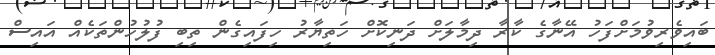
ބައިވެރިވުމަށްފަހު އޭނާގެ ކާރާ ދިމާލަށް ދަނިކޮށް ހަތިޔާރު ހިފައިގެން ތިބި ފުލުހުންތަކެއް އައިސް